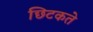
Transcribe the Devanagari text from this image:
छिटकते